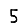
Digit: 5